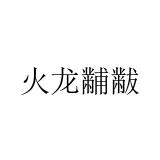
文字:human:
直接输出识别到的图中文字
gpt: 火龙黼黻